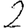
Digit: 2